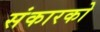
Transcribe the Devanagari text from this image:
संकारको